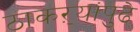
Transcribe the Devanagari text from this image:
ठाकऱ्यांपुढे